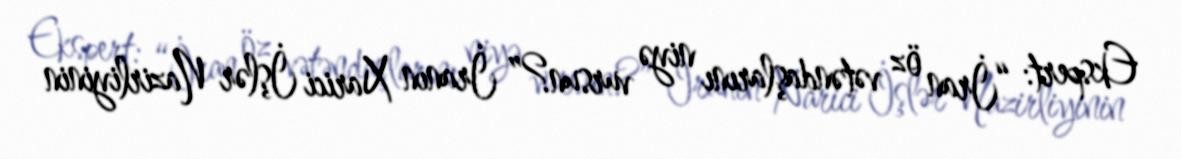
Ekspert: “İran öz vətəndaşlarını niyə vursun?” İranın Xarici İşlər Nazirliyinin